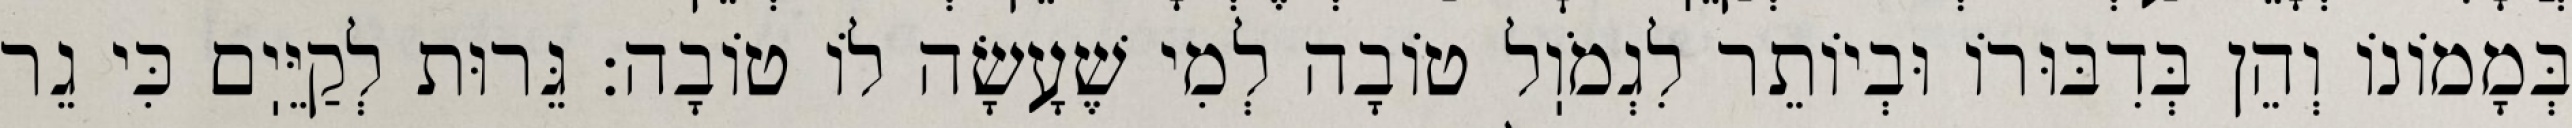
בְּמָמוֹנוֹ וְהֵן בְּדִבּוּרוֹ וּבְיוֹתֵר לִגְמֹוֽל טוֹבָה לְמִי שֶׁעָשָׂה לוֹ טוֹבָה: גֵּרוּת לְקַיֵּיֽם כִּי גֵר